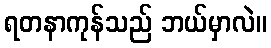
ရတနာကုန်သည် ဘယ်မှာလဲ။